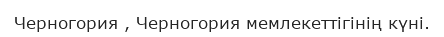
Черногория , Черногория мемлекеттiгiнiң күнi.